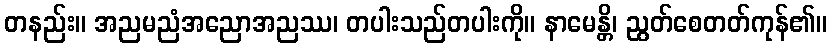
တနည်း။ အညမညံအညောအညဿ၊ တပါးသည်တပါးကို။ နာမေန္တိ၊ ညွတ်စေတတ်ကုန်၏။